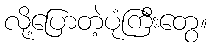
လို့ပြောတဲ့ပုံကြီးတွေ။